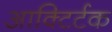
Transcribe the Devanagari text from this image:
आक्टिर्टक